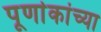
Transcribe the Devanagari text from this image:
पूर्णाकांच्या